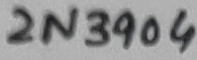
Text: 2N3904